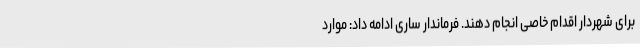
برای شهردار اقدام خاصی انجام دهند. فرماندار ساری ادامه داد: موارد